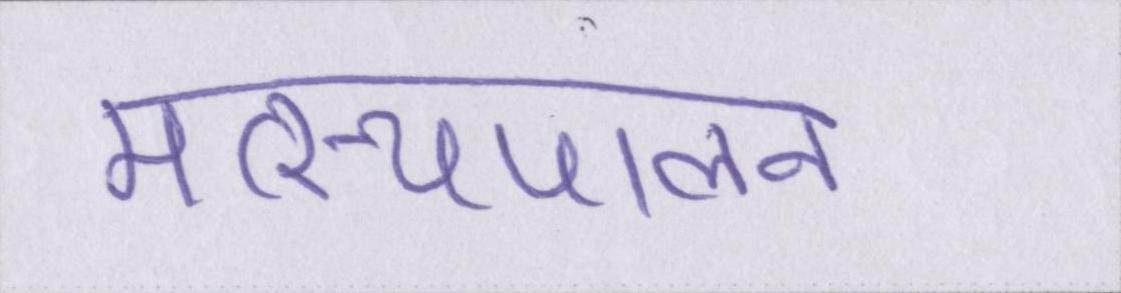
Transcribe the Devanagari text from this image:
मत्स्यपालन